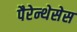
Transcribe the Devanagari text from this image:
पैरेन्थेसेस